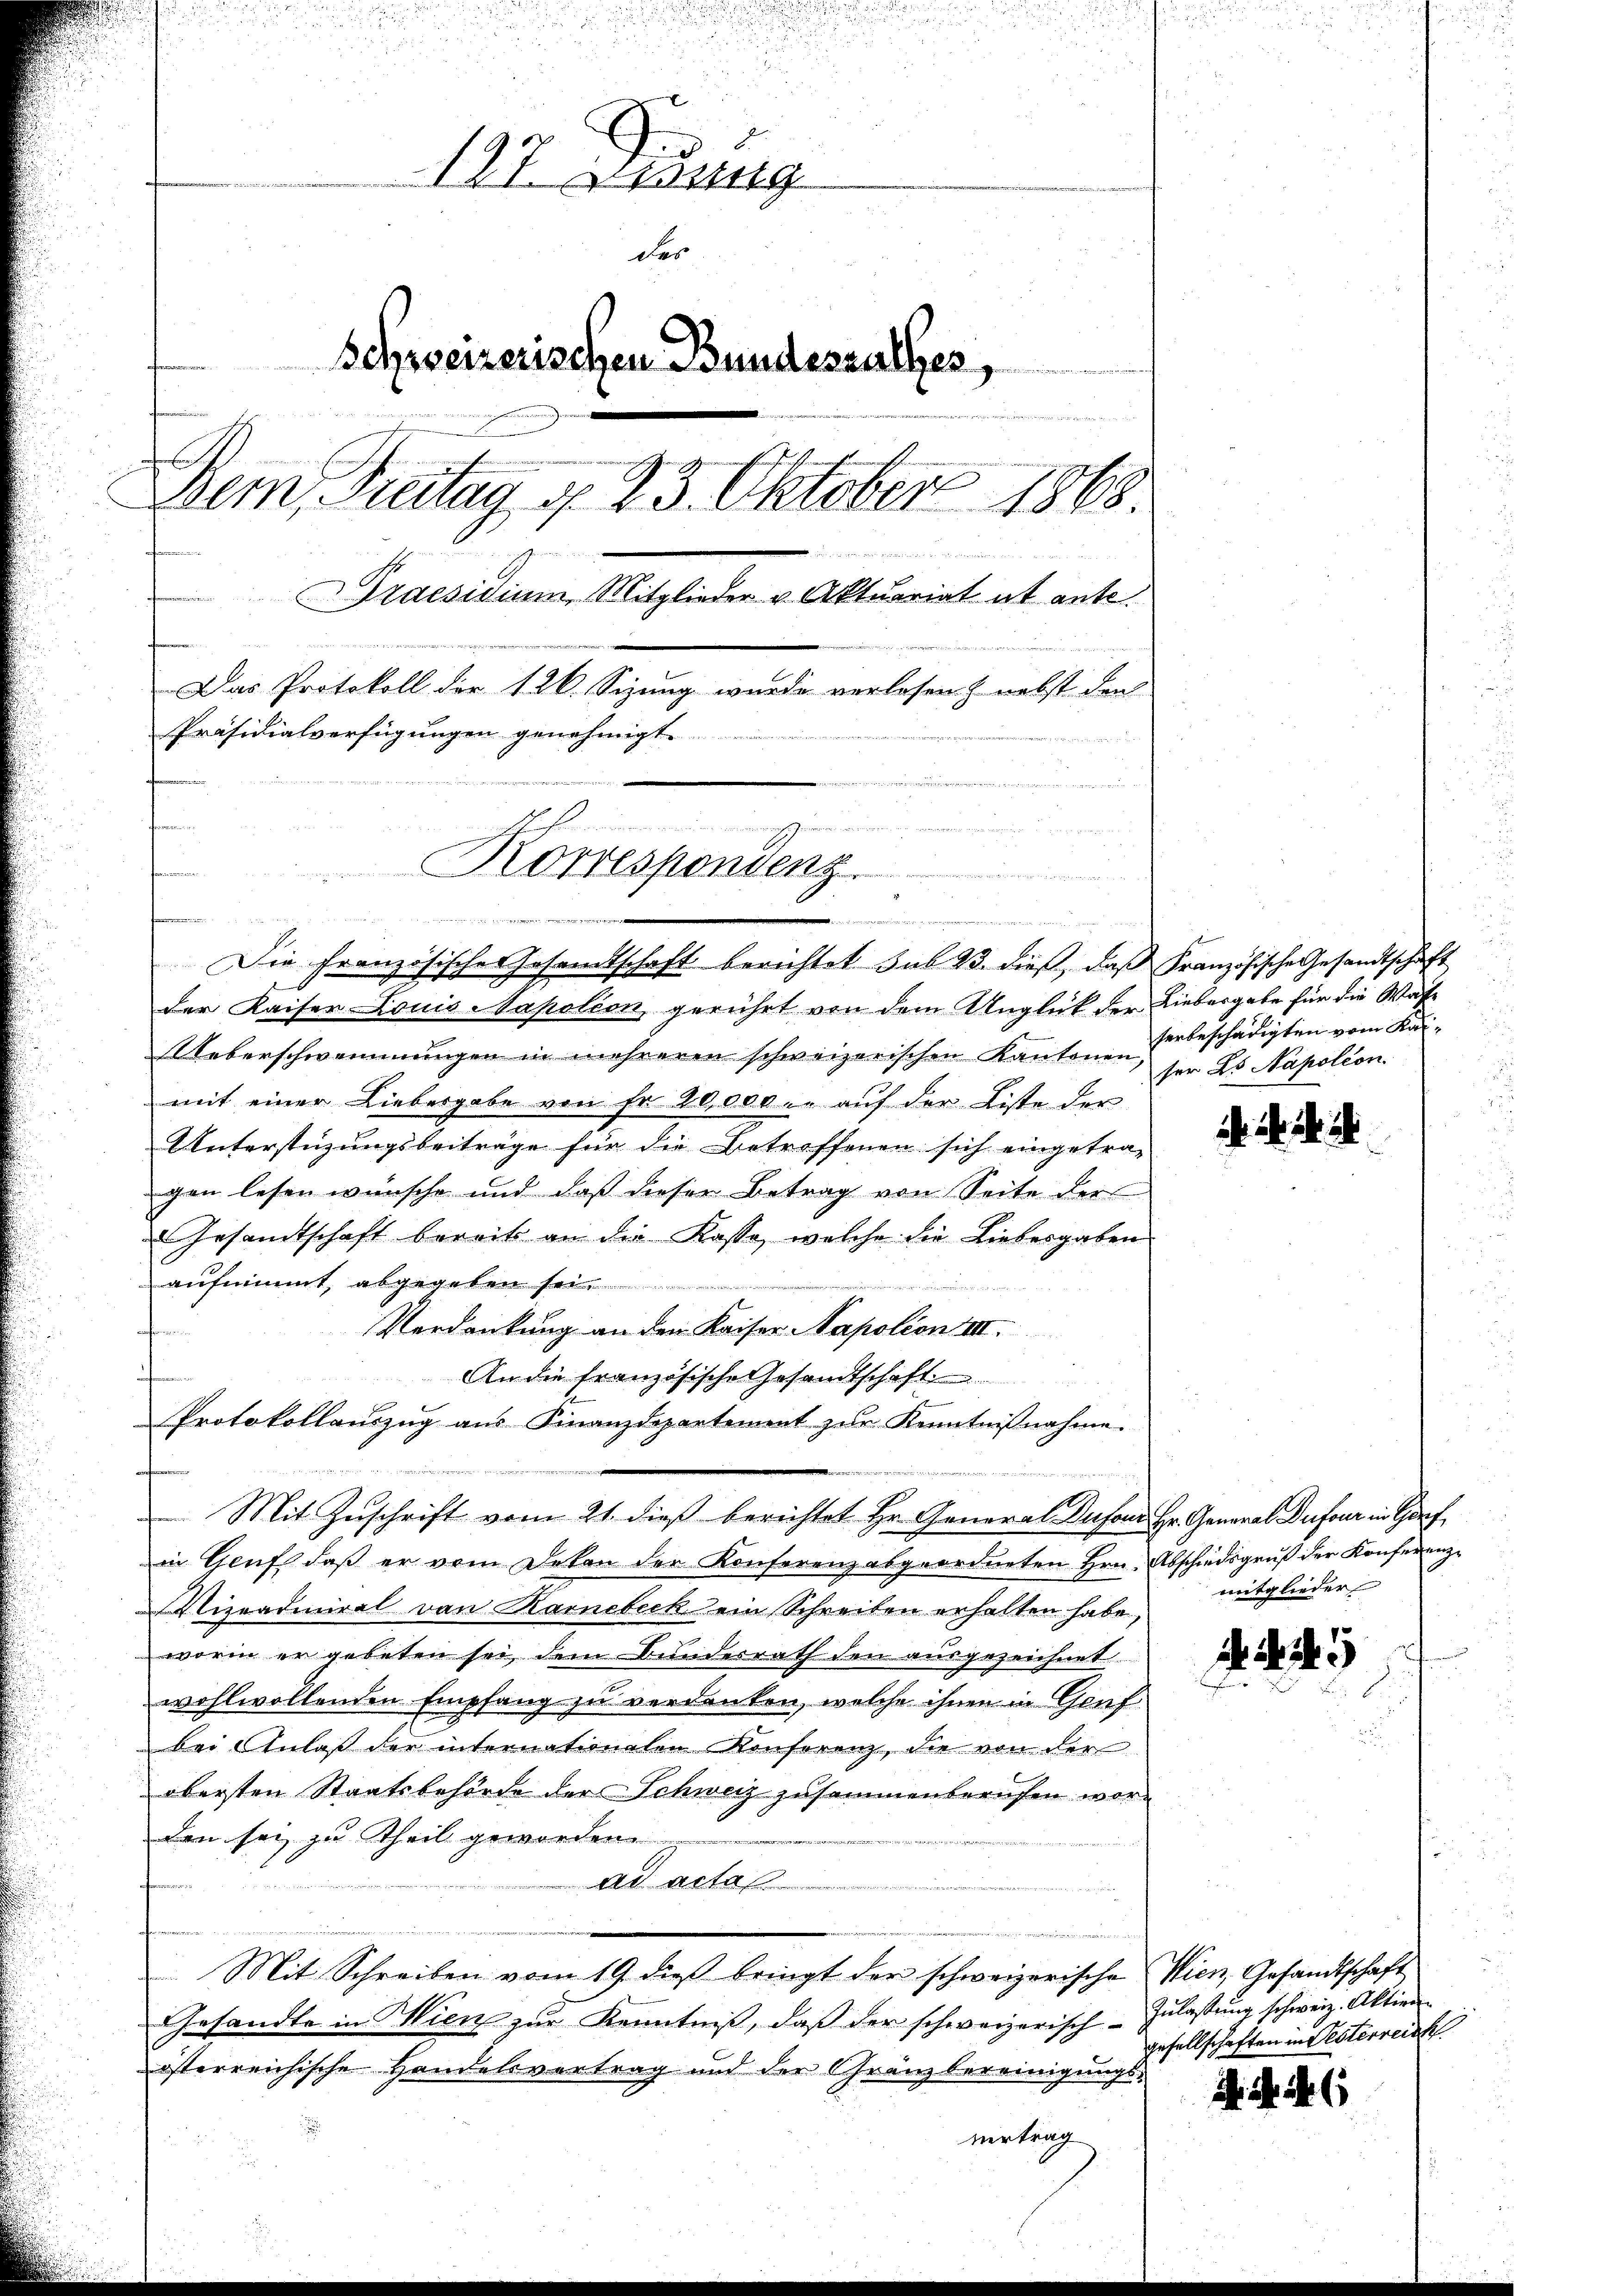
E

187. Disung
der
Schweizerischen Bundessalles,

Bem, Freitag d. 23. Oktober 1868.
Praesidium Mitglieder u. Aktuariat ab ante.
Das Protokoll der 126. Sizung wurde verlesen & nebst den
Präsidialverfügungen genehmigt.
Korrespondenz
u

enen einen
iieren
der Kaiser Louis Napolion gerührt von dem Unglück der Liebergabe für die Was-
Ueberschwemmungen in mehreren schweizerischen Kantonen,
mit einer Liebesgabe von Fr. 20,000.- auf der Liste der
Unterstüzungsbeiträge für die Betreffenen sich eingetra-
gen lesen wünsche und daß dieser Betrag von Seite der
Gesandtschaft bereits an die Kasse, welche die Liebesgaben
aufnimmt, abgegeben sei
Verdankung an den Kaiser Napolion III.
anferen.
An die französische Gesandtschaft
Protokollauszug aus Finanzdepartement zur Kenntnißnahme.
e
in Gruss daß er vom Dekan der Konferenz abgeordneten Hrn. Abschiedsgruß der Konferenz-
Viznadiniral von Karnebeck ein Schreiben erhalten habe,
worin er gebeten sei dem Bunderrath den ausgezeichnet
wohlwollenden Empfang zu verdanken, welche ihnen in Gruf
bei Anlaß der internationalen Konferenz, die von der
obersten Staatsbehörde der Schweiz zusammenberufen worden sei zu Theil geworden.
ad acta
.
Mit Schreiben vom 19 dieß bringt der schweizerische Wien, Gesandtschaft
Gesandte in Wien zŭr Kenntniβ, daβ der schweizerisch-Inlassŭng schweiz. Aktien
österreichische Handelsvertrag und der Gränzbereinigungs-
vertrag

Mit Zuschrift vom 21. dieß berichtet Hr. General Dufonn Hr. General Dufour in Gorf

e
Die französische Gesandtschaft berichtet sub 23. dieß, daß Französische Gesandtschaft

serbeschädigten vom Kanser Ls Napoléon

mitglieder

45

gesellschaften in Testerreich

. N. 11